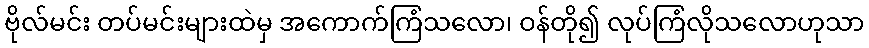
ဗိုလ်မင်း တပ်မင်းများထဲမှ အကောက်ကြံသလော၊ ဝန်တို၍ လုပ်ကြံလိုသလောဟုသာ